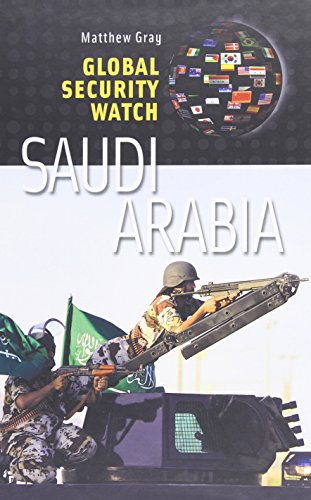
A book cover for Global Security Watch - Saudi Arabia (Praeger Security International); Matthew Barry Gray; History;